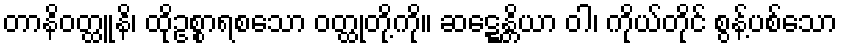
တာနိဝတ္ထူနိ၊ ထိုဥစ္စာရစသော ဝတ္ထုတို့ကို။ ဆဋ္ဋေန္တိယာ ဝါ၊ ကိုယ်တိုင် စွန့်ပစ်သော